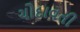
ચોદાવતી